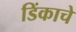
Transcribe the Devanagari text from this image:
डिंकाचे